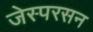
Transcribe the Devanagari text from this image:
जेस्परसन